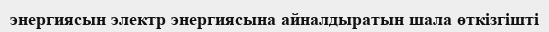
энергиясын электр энергиясына айналдыратын шала өткізгішті